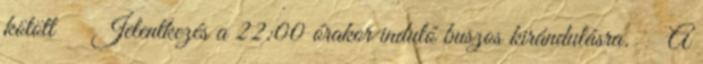
kötött Jelentkezés a 22:00 órakor induló buszos kirándulásra. A